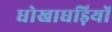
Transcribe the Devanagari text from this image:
धोखाधड़ियों